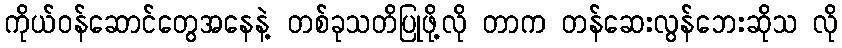
ကိုယ်ဝန်ဆောင်တွေအနေနဲ့ တစ်ခုသတိပြုဖို့လို တာက တန်ဆေးလွန်ဘေးဆိုသ လို